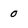
Character: 0